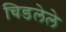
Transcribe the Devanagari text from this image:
चिडलेले